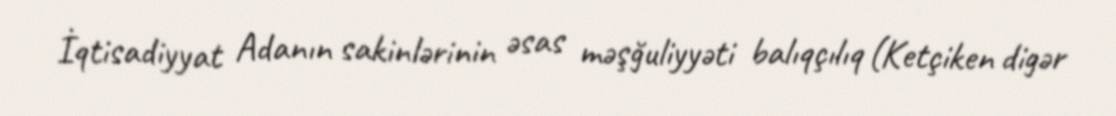
İqtisadiyyat Adanın sakinlərinin əsas məşğuliyyəti balıqçılıq (Ketçiken digər